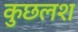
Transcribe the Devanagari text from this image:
कुछलश